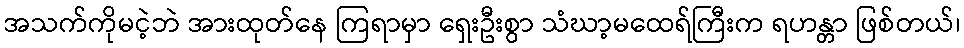
အသက်ကိုမငဲ့ဘဲ အားထုတ်နေ ကြရာမှာ ရှေးဦးစွာ သံဃာ့မထေရ်ကြီးက ရဟန္တာ ဖြစ်တယ်၊